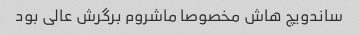
ساندویچ هاش مخصوصا ماشروم برگرش عالی بود